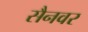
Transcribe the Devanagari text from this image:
सैनवर